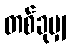
တစ်ခုမျှ